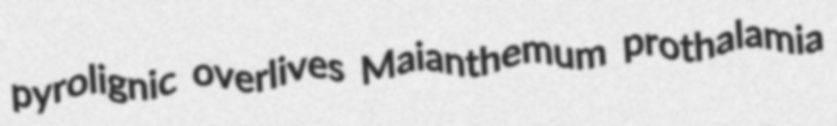
pyrolignic overlives Maianthemum prothalamia